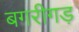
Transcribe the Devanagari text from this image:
बगरीगड़